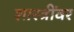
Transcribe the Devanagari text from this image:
शास्त्रींवर